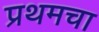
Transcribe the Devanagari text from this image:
प्रथमचा